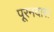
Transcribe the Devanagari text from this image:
पूरनदास